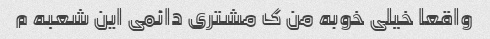
واقعا خیلی خوبه من ک مشتری دائمی این شعبه م